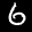
Label: 6